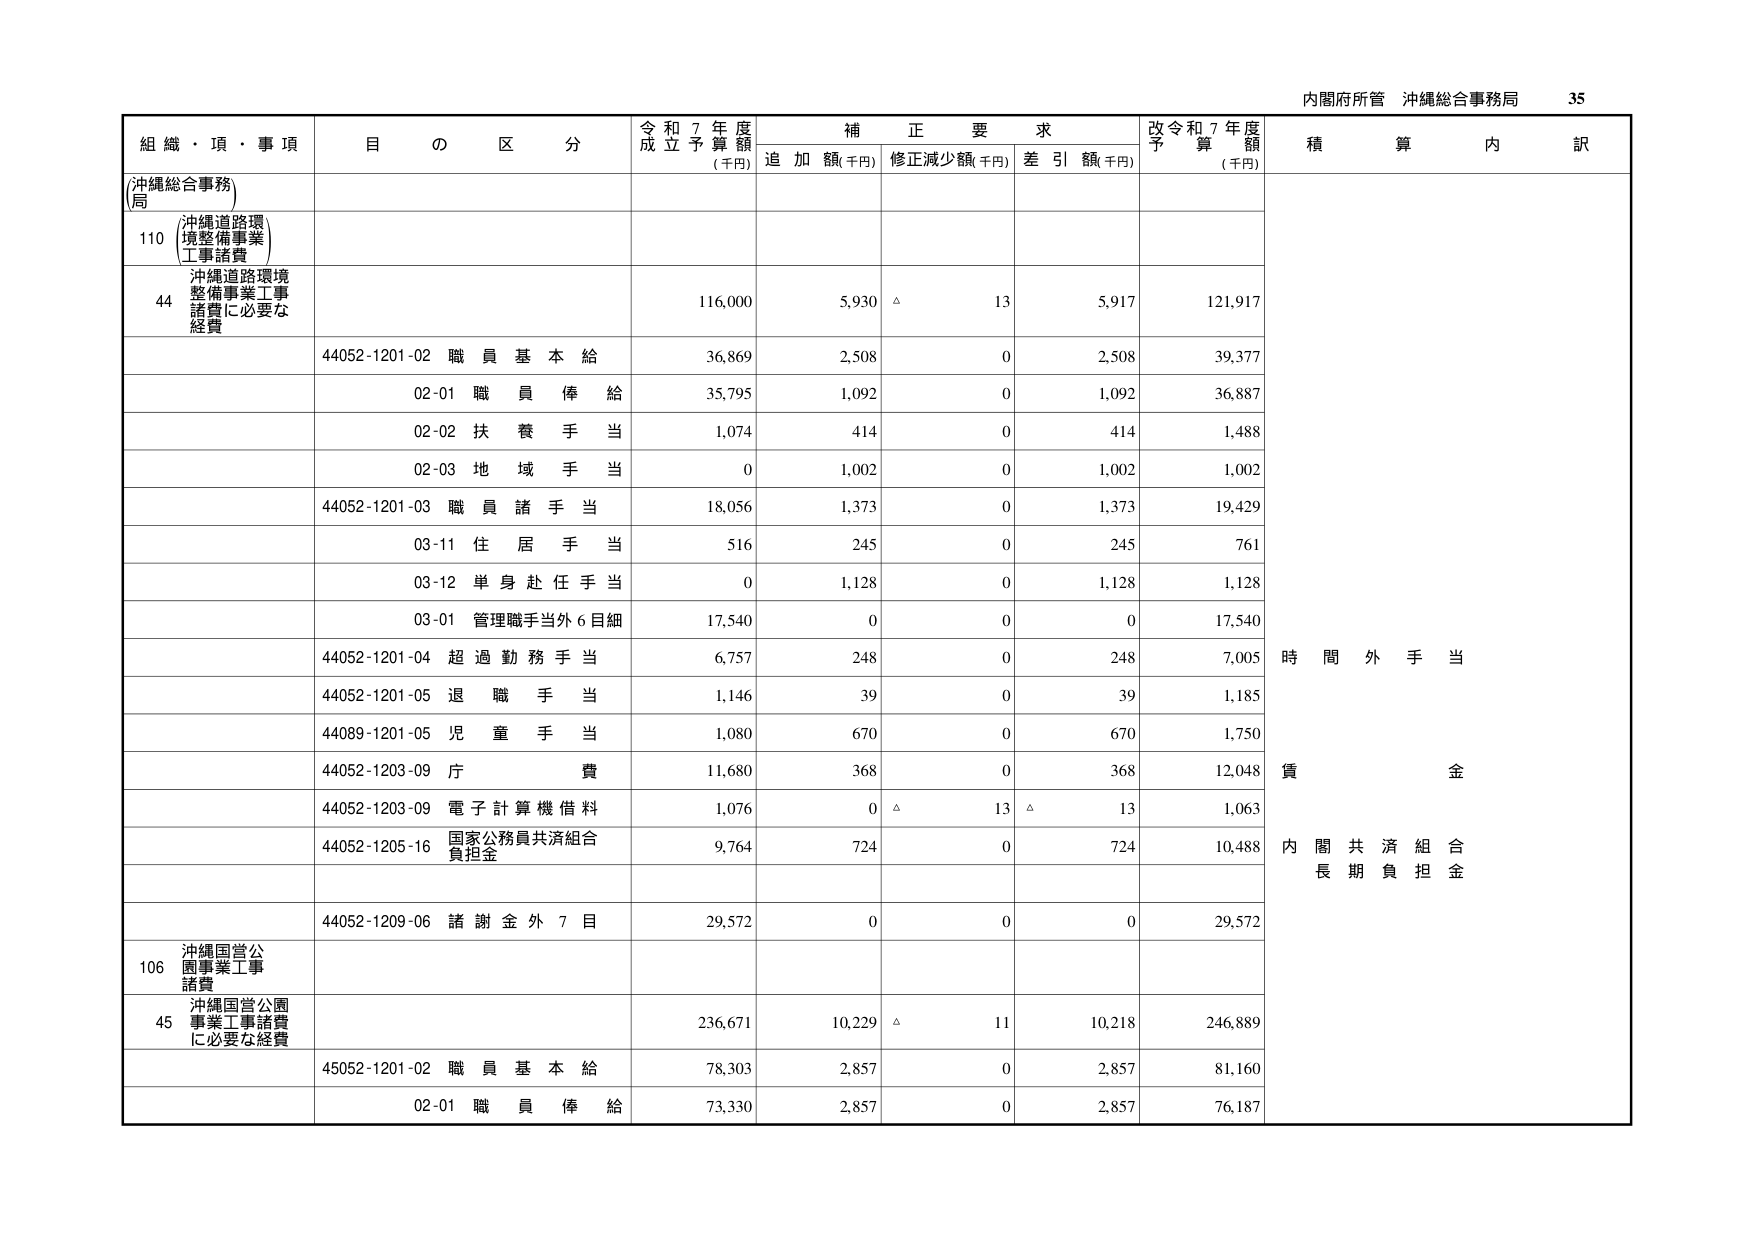
内閣府所管 沖縄総合事務局 35

組織・項・事項 目の区分 令和7年度成立予算額(千円) 補正要求 追加額(千円) 修正減少額(千円) 差引額(千円) 改令和7年度予算額(千円) 積算内訳

(沖縄総合事務局)

110 沖縄道路環境整備事業工事諸費

44 沖縄道路環境整備事業工事諸費に必要な経費 116,000 5,930 △ 13 5,917 121,917

44052-1201-02 職員基本給 36,869 2,508 0 2,508 39,377

02-01 職員俸給 35,795 1,092 0 1,092 36,887

02-02 扶養手当 1,074 414 0 414 1,488

02-03 地域手当 0 1,002 0 1,002 1,002

44052-1201-03 職員諸手当 18,056 1,373 0 1,373 19,429

03-11 住居手当 516 245 0 245 761

03-12 単身赴任手当 0 1,128 0 1,128 1,128

03-01 管理職手当外6目細 17,540 0 0 0 17,540

44052-1201-04 超過勤務手当 6,757 248 0 248 7,005

44052-1201-05 退職手当 1,146 39 0 39 1,185

44089-1201-05 児童手当 1,080 670 0 670 1,750

44052-1203-09 庁費 11,680 368 0 368 12,048

44052-1203-09 電子計算機借料 1,076 0 △ 13 △ 13 1,063

44052-1205-16 国家公務員共済組合負担金 9,764 724 0 724 10,488

44052-1209-06 諸謝金外7目 29,572 0 0 0 29,572

106 沖縄国営公園事業工事諸費

45 沖縄国営公園事業工事諸費に必要な経費 236,671 10,229 △ 11 10,218 246,889

45052-1201-02 職員基本給 78,303 2,857 0 2,857 81,160

02-01 職員俸給 73,330 2,857 0 2,857 76,187

時間外手当

賃金

内閣共済組合長期負担金